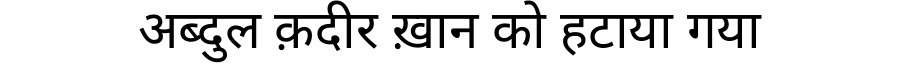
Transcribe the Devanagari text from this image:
अब्दुल क़दीर ख़ान को हटाया गया